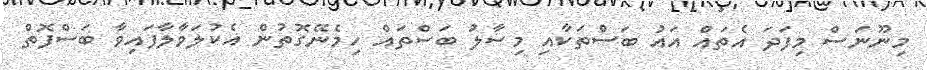
މިނޫނަސް މިފަދަ އެތައް އައު ބަސްތަކާއި މިސާލު ބަސްތައް ހިމެނޭގޮތުން އެކުލަވާލާފައިވާ ބަސްފޮތް